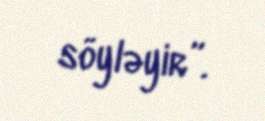
söyləyir”.